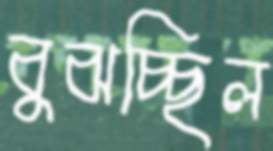
বুঝচ্ছিল